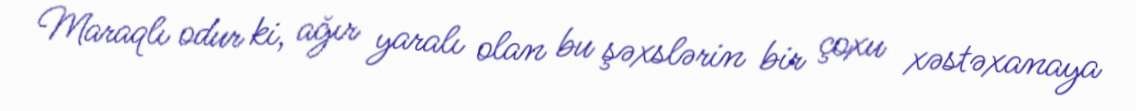
Maraqlı odur ki, ağır yaralı olan bu şəxslərin bir çoxu xəstəxanaya